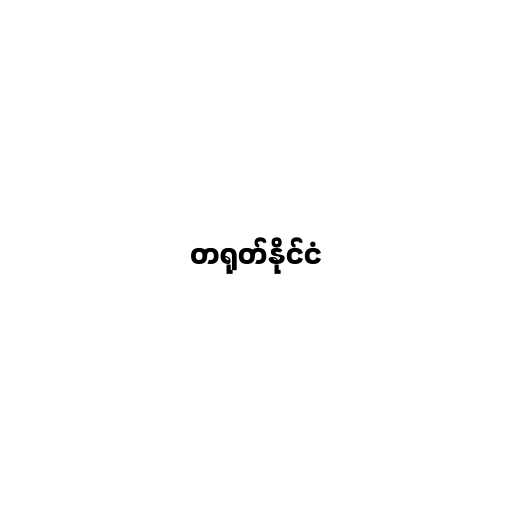
တရုတ်နိုင်ငံ